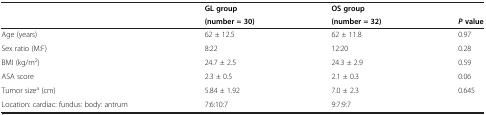
|  | GL group | OS group |  |
 |  | (number = 30) | (number = 32) | P value |
 | --- | --- | --- | --- |
 | Age (years) | 62 ± 12.5 | 62 ± 11.8 | 0.97 |
 | Sex ratio (M:F) | 8:22 | 12:20 | 0.28 |
 | BMI (kg/m2) | 24.7 ± 2.5 | 24.3 ± 2.9 | 0.59 |
 | ASA score | 2.3 ± 0.5 | 2.1 ± 0.3 | 0.06 |
 | Tumor sizea (cm) | 5.84 ± 1.92 | 7.0 ± 2.3 | 0.645 |
 | Location: cardiac: fundus: body: antrum | 7:6:10:7 | 9:7:9:7 |  |